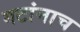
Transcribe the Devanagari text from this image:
गटांनाच